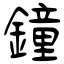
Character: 鐘